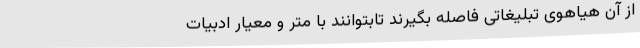
از آن هیاهوی تبلیغاتی فاصله بگیرند تابتوانند با متر و معیار ادبیات